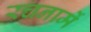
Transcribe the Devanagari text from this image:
रचनामें